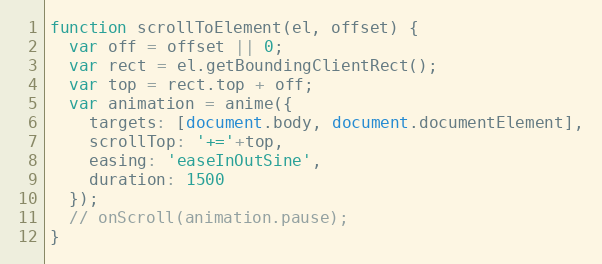
Language: JavaScript
function scrollToElement(el, offset) {
  var off = offset || 0;
  var rect = el.getBoundingClientRect();
  var top = rect.top + off;
  var animation = anime({
    targets: [document.body, document.documentElement],
    scrollTop: '+='+top,
    easing: 'easeInOutSine',
    duration: 1500
  });
  // onScroll(animation.pause);
}